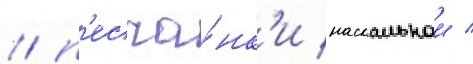
/ п'есча́нк'и наскальнои /